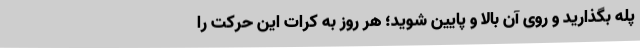
پله بگذارید و روی آن بالا و پایین شوید؛ هر روز به کرات این حرکت را